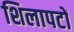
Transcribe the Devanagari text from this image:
शिलापटों